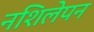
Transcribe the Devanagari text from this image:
नशिलेपन